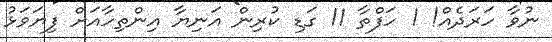
ނުވާ ހަރަދެއް! 1 ހަފްތާ 11 ގަޑި ކުރިން އަނިޔާ އިންތިހާއަށް ފިޔަވަޅު